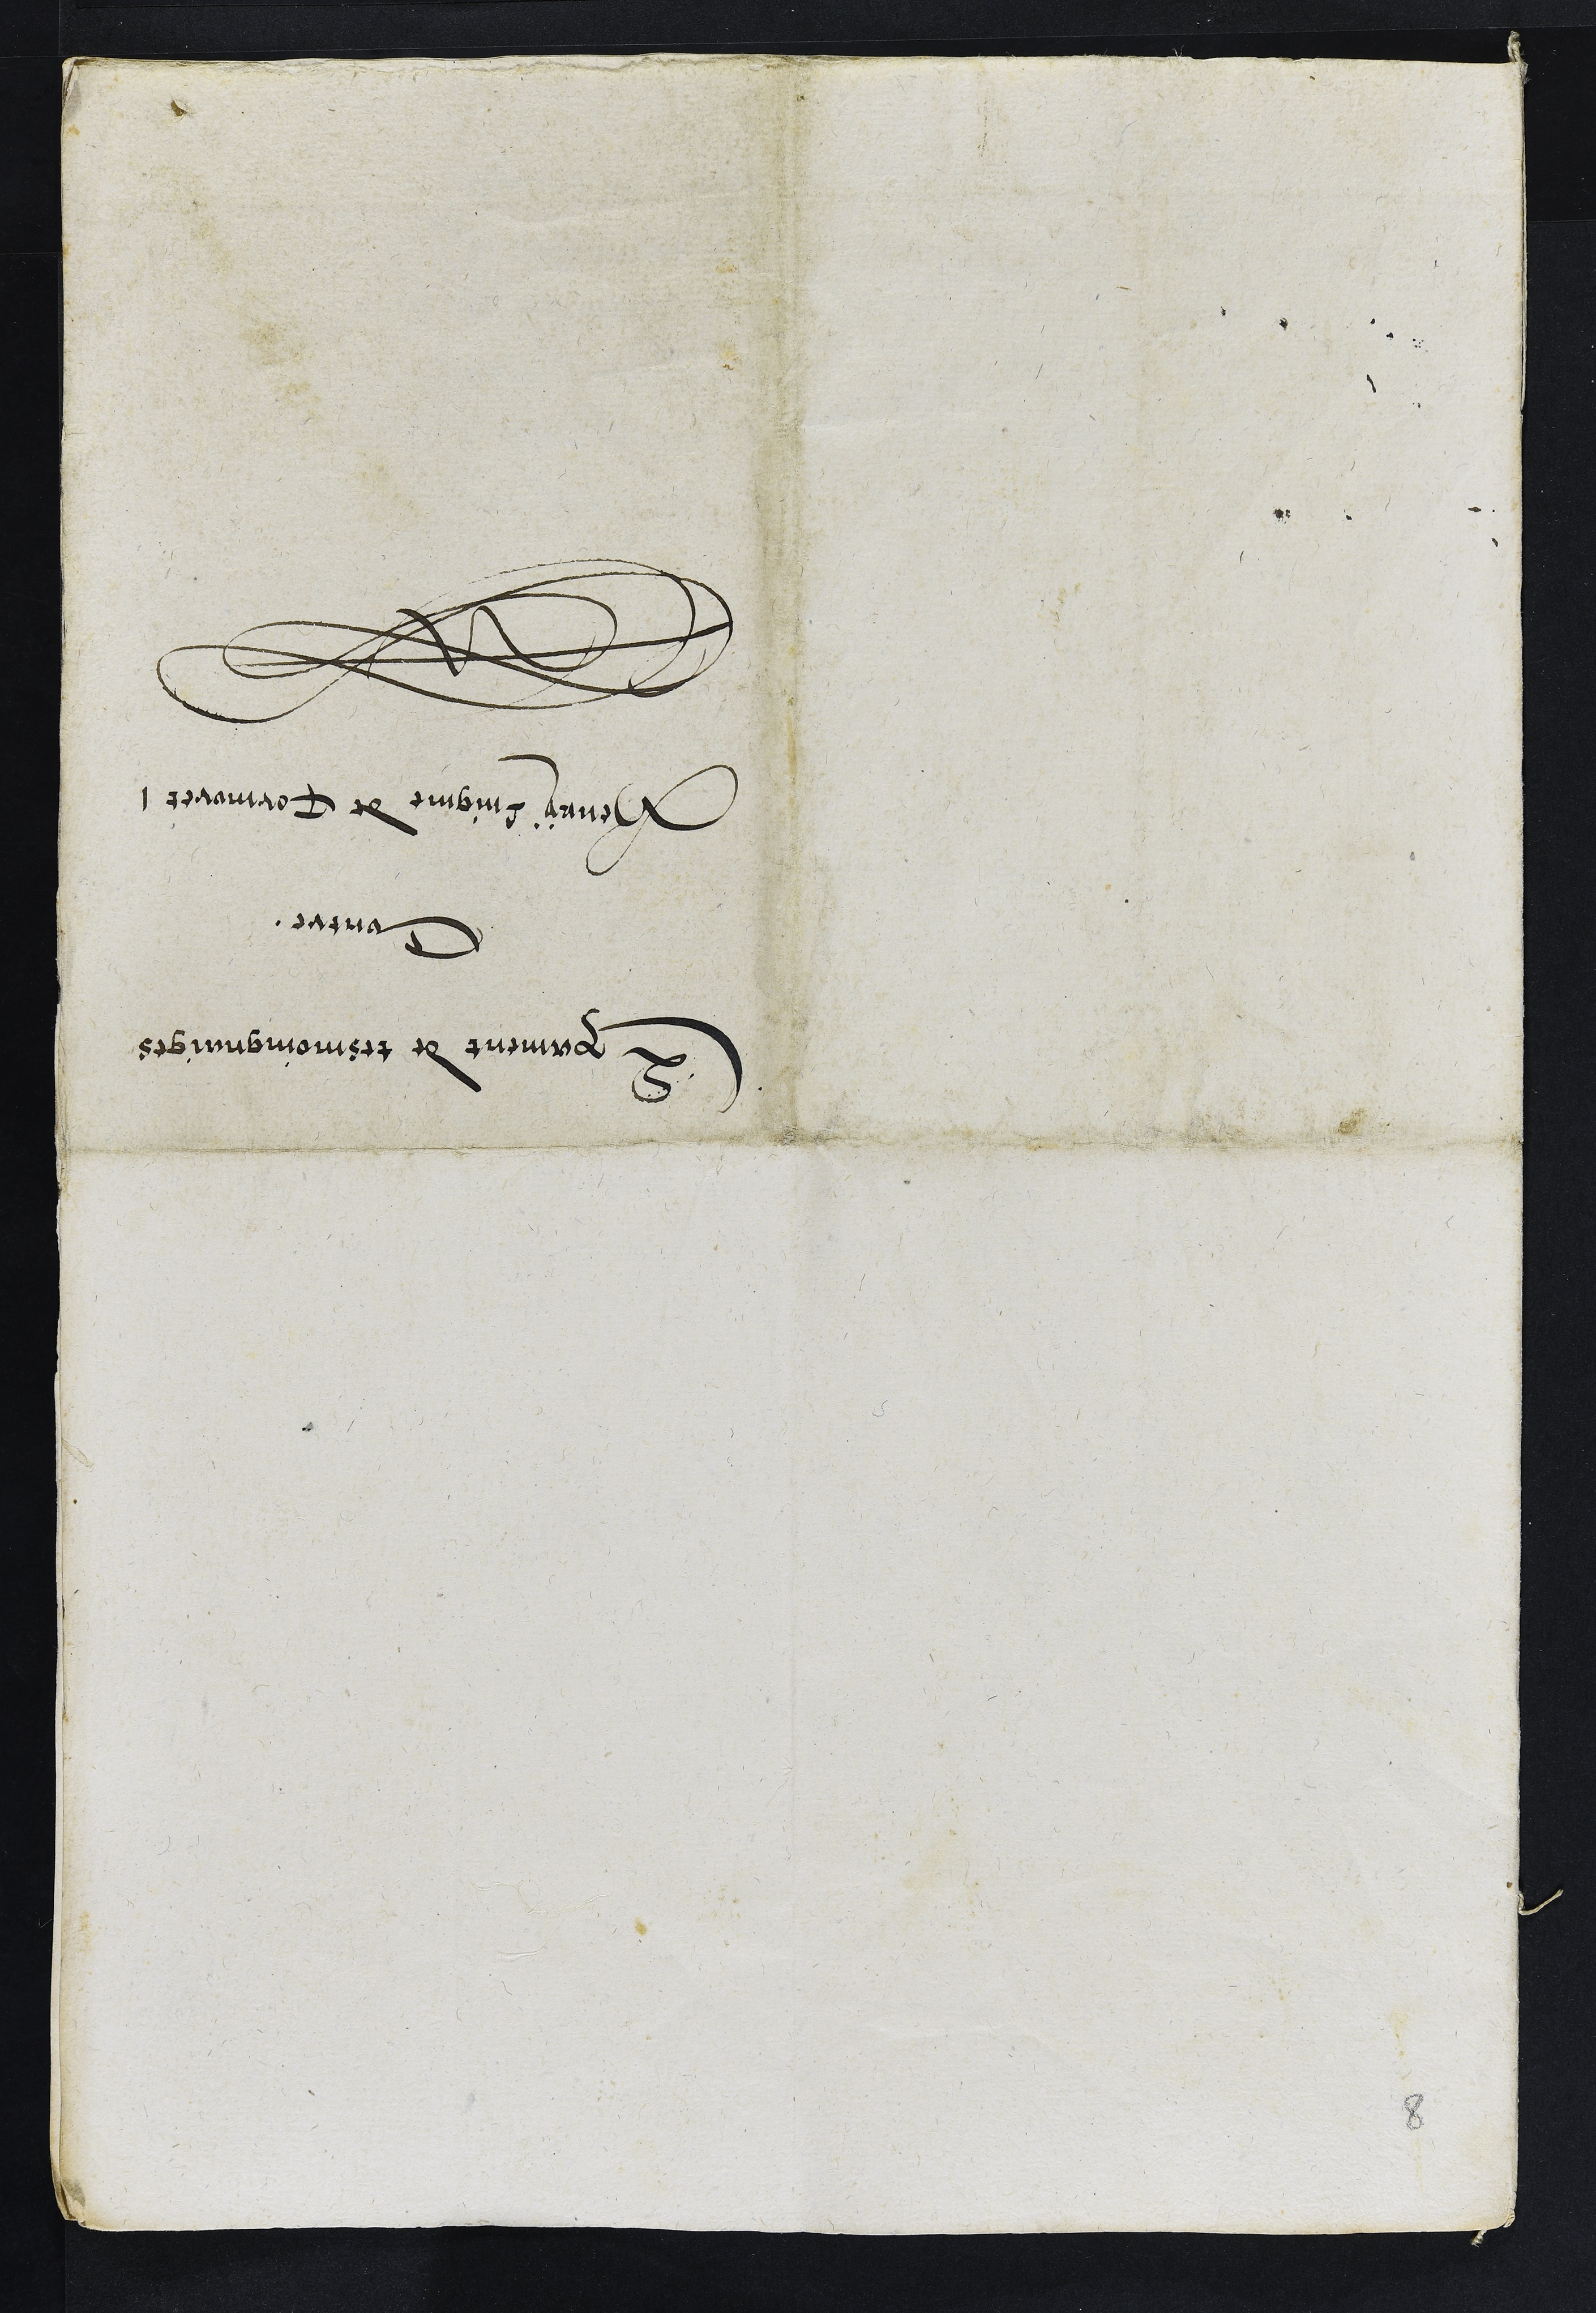
Exament de tesmoingnaiges
Contre
Henry Lingme de Cormoret
8